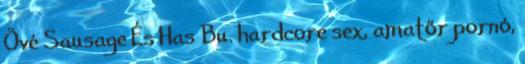
Övé Sausage És Has Bu. hardcore sex, amatőr pornó,